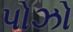
પોઝો